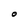
Character: O